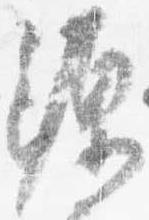
源